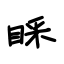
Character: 睬